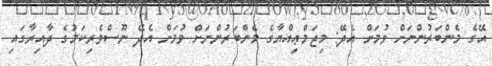
އޭގެ މެންބަރުންނަށް ވުމަށް އެދޭ: މިޖަމްޢިއްޔާގެ މެންބަރުންނަށް ވުމަށް އެދޭ ނޫސްވެރިކަމުގެ ދާއިރާގައި